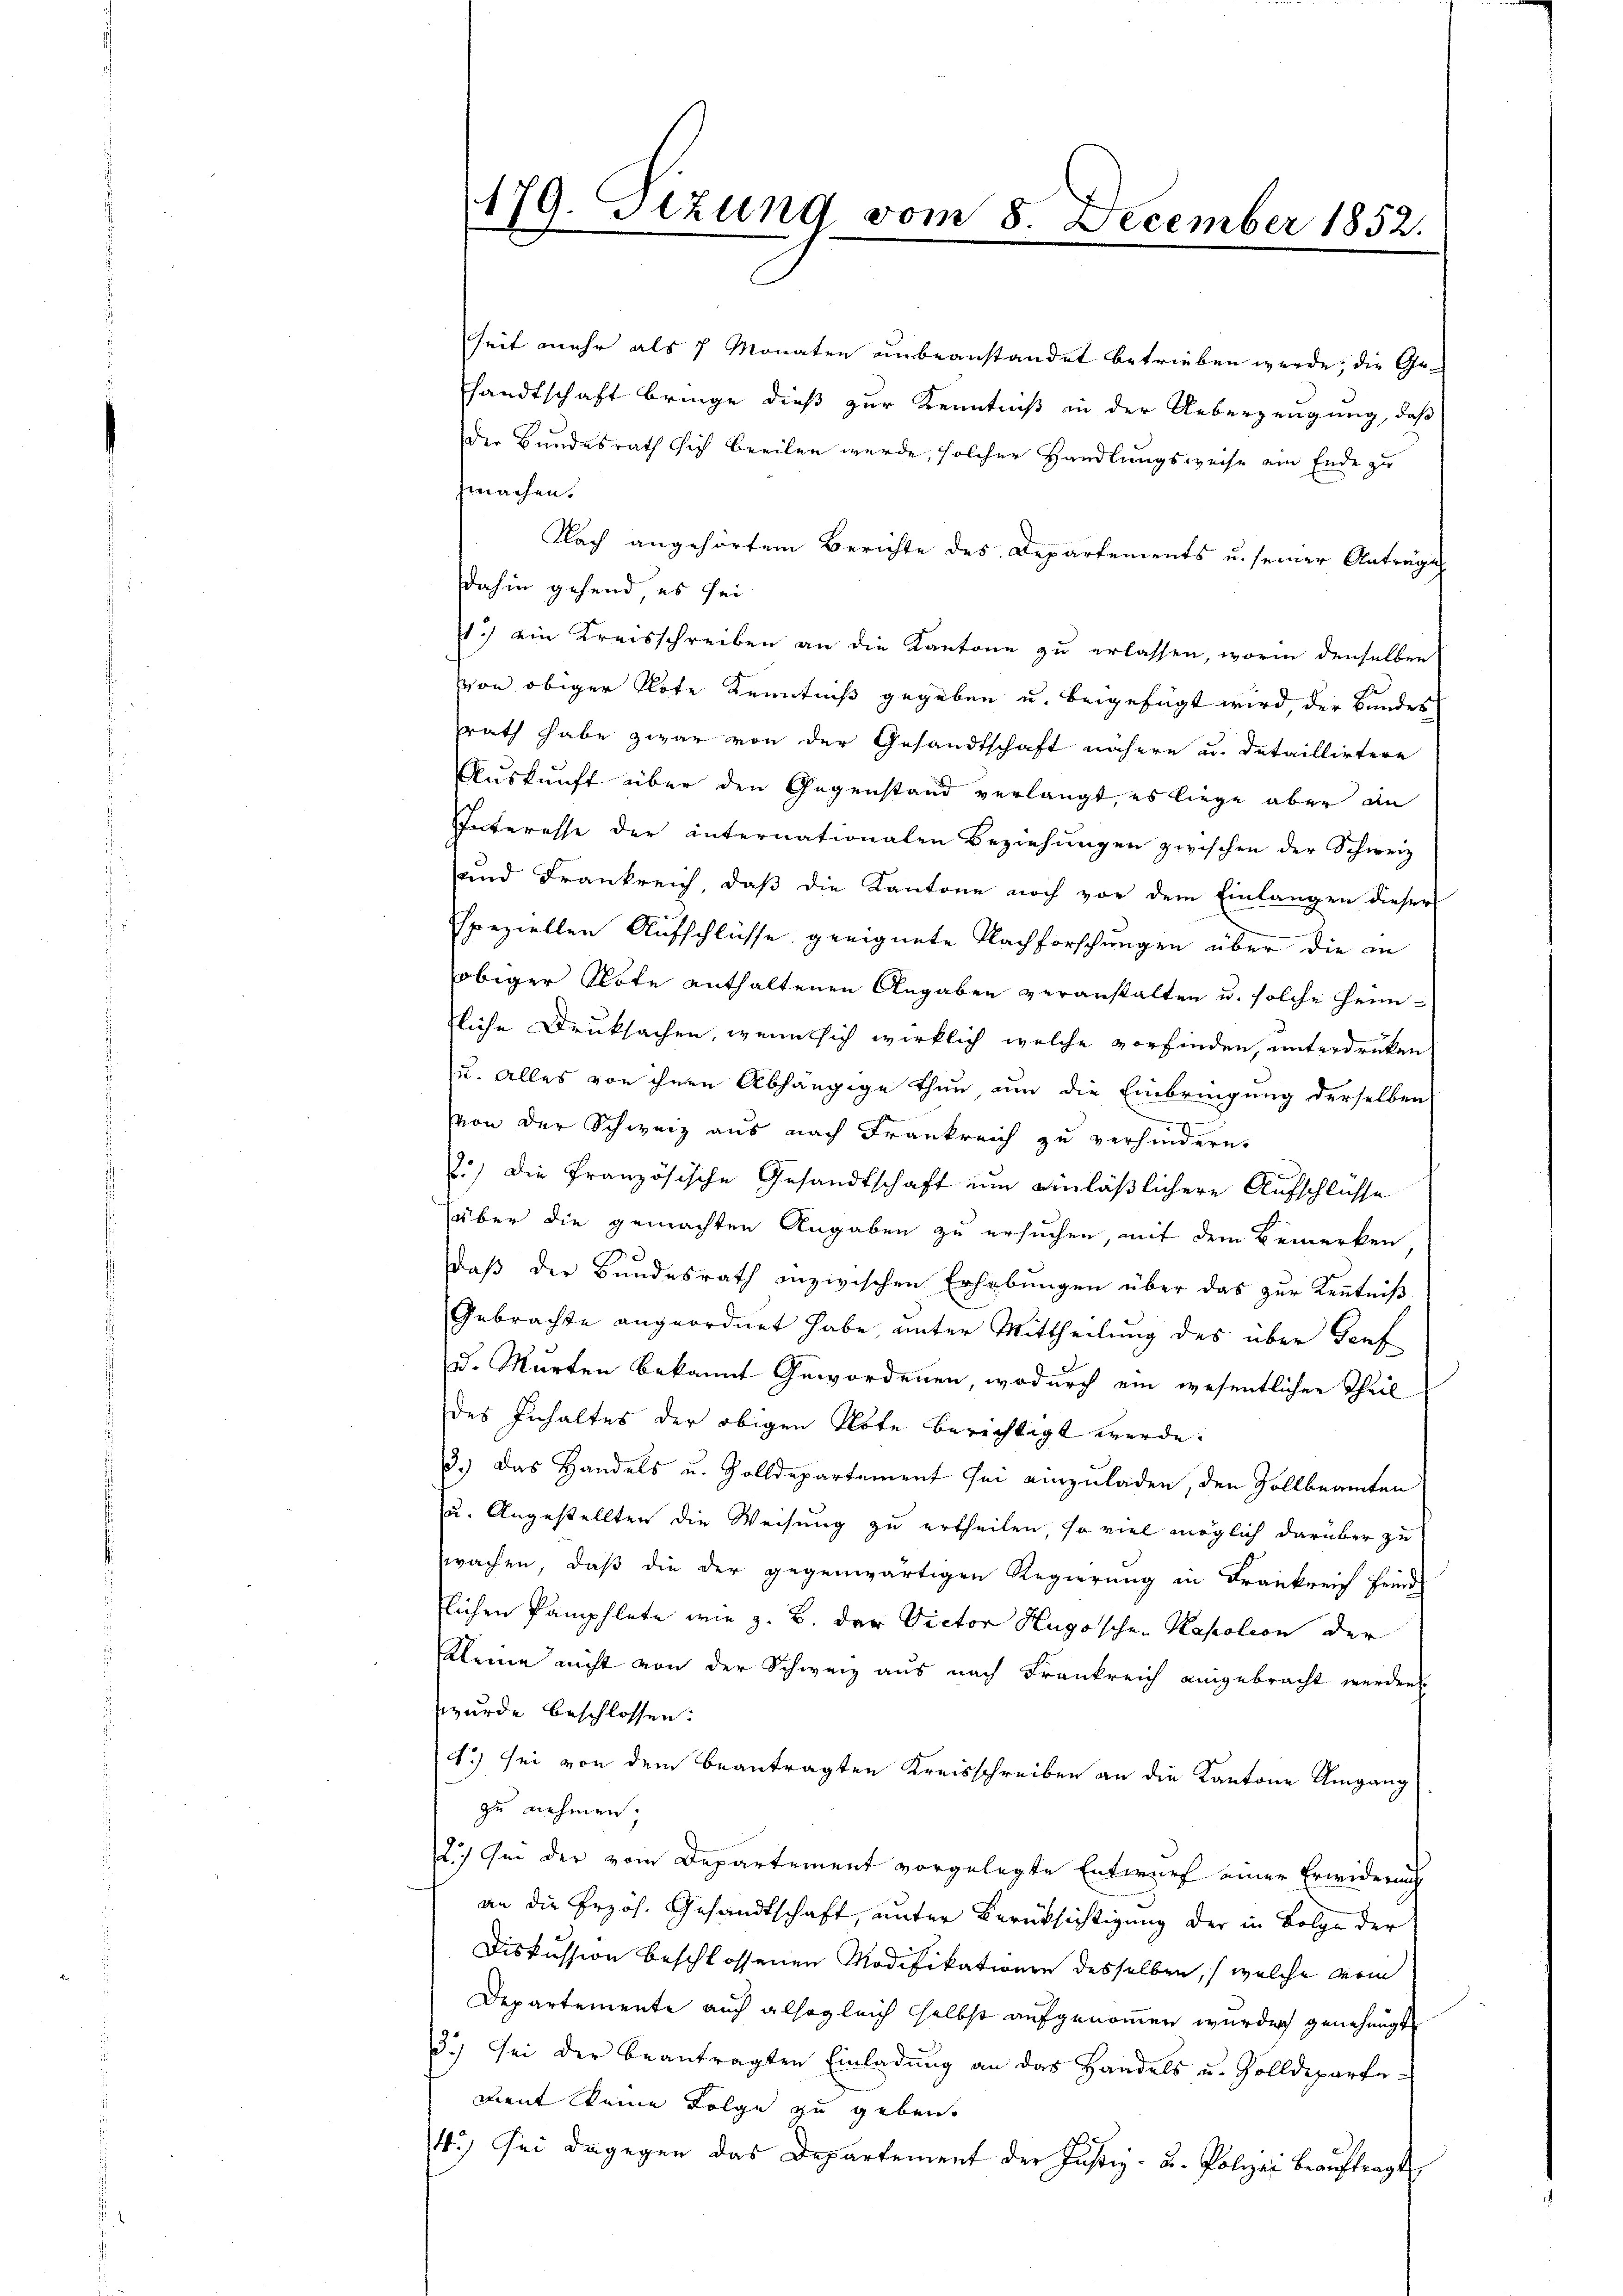
seit mehr als 1 Monaten unbeanstandet betrieben werde, die Gehandtschaft bringe dieß zur Kenntniß in der Ueberzeugung, daß
Der Bundesrath sich beeilen werde, solcher Handlungsweise ein Ende zu
zmachen.
Nach angehörtem Berichte des Departements u. seiner Anträge
dahin gehend es sei
s.) ein Kreisschreiben an die Kantone zu erlassen, worin denselben
von obiger Note Kenntniß gegeben u. beigefügt wird, der Bundes
rath habe zwar von der Gesandtschaft nähere u. detaillirtere
Auskunft über den Gegenstand verlangt, es liege aber an
Interesse der internationaten Beziehungen zwischen der Schweiz.
und Frankreich, daβ die Kantone noch vor dem Einlangen dieser
speziellen Aufschlüsse geeignete Nachforschungen über die in
obiger Note enthaltenen Angaben veranstalten u. solche Heimfliche Druksachen, wenn sich wirklich welche vorfinden, unterdruken
u. Alles von ihnen Abhängige thun, um die Einbringung derselben
Von der Schweiz aus nach Frankreich zu verhindern.
.) die französische Gesandtschaft um einläßlichere Aufschlüsse
über die gemachten Angaben zu ersuchen, mit dem Bemerken
daß der Bundesrath inzwischen Erhebungen über das zur Kenntniß
Gebrachte angeordnet habe unter Mittheilung des über Genf
u. Murten bekannt Gewordenen, wodurch ein wesentlichen Theil
des Inhaltes der obigen Note berichtigt werde.
3.) Das Handels u. Zolldepartement sei einzuladen, den Zollbeamten
u. Angestellten die Weisung zu ertheilen, so viel möglich darüber zu
wachen, daß die der gegenwärtigen Regierung in Frankreich feind
lichen Pamphlete wie z. B. der Victor Hugoschen Kasalion der
Kleine nicht von der Schweiz aus nach Frankreich eingebracht werden.
wurde beschlossen:
4) sei von dem beantragten Kreisschreiben an die Kantone Umgang
zu nehmen.
.) Ge der vom Departement vorgelegte Entwurf einer Erwiderung
an die Erzös. Gesandtschaft, unter Berücksichtigung der in Folge der
Diskussion beschlossenen Modifikationen desselben, (welche vom
Departemente auch alsogleich selbst aufgenommen wurden genehmigt
3.) Sei der beantragten Einladŭng an das Handels u. Zolldeparte-
dient keine Folge zu geben.
4.) Sei dagegen das Departement der Justiz- u. Polizei beaŭftragt

179. Sitzung vom 8. December 1852.